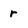
Character: r